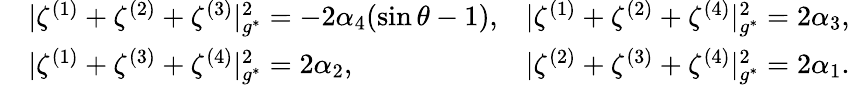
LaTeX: \begin{array}{rlr}&{|\zeta^{(1)}+\zeta^{(2)}+\zeta^{(3)}|_{g^{*}}^{2}=-2\alpha_{4}(\sin\theta-1),}&{|\zeta^{(1)}+\zeta^{(2)}+\zeta^{(4)}|_{g^{*}}^{2}=2\alpha_{3},}\\ &{|\zeta^{(1)}+\zeta^{(3)}+\zeta^{(4)}|_{g^{*}}^{2}=2\alpha_{2},}&{|\zeta^{(2)}+\zeta^{(3)}+\zeta^{(4)}|_{g^{*}}^{2}=2\alpha_{1}.}\end{array}